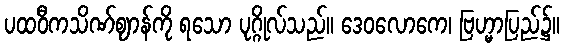
ပထဝီကသိဏ်ဈာန်ကို ရသော ပုဂ္ဂိုလ်သည်။ ဒေဝလောကေ၊ ဗြဟ္မာပြည်၌။